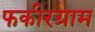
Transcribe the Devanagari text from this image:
फकीरग्राम